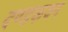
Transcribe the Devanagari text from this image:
दण्डकवन